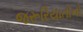
જરૂરિયાતોનો